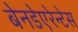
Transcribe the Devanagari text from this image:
बेनडेएरेन्टेस